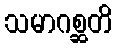
သမာဂစ္ဆတိ